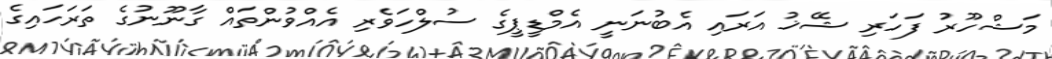
މަޝްހޫރު ފަހަރި ޝޭޚު އަރައި އެބުނަނީ އެމްޑީޕީގެ ސުލްހަވެރި އެއްވުންތައް ގާނޫނުގެ ތަރަހައިގެ